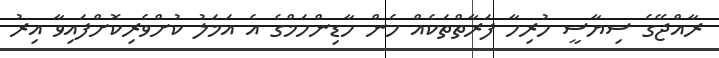
ރާއްޖޭގެ ސިޔާސީ ހުރިހާ ފަރާތްތަކެއް ހެން ހާޑިންހަމްގެ އެ އަމަލު ކުށްވެރިކޮށްފައިވާ އިރު